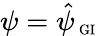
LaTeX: \psi=\hat{\psi}_{\mathrm{\scriptsize~GI}}